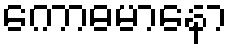
ကောဓမာနော